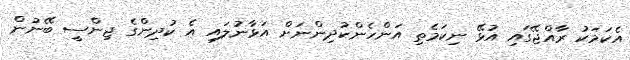
އެކަމަކު ރާއްޖޭގައި އުޅޭ ނިކަމެތި އަންހެންކުދިންނަށް އަޅާނުލައި އެ ކުދިންގެ ޖިންސީ ބޭނުން